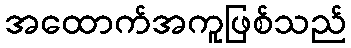
အထောက်အကူဖြစ်သည်